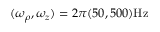
\ensuremath { ( \omega _ { \rho } , \omega _ { z } ) = 2 \pi ( 5 0 , 5 0 0 ) \mathrm { H z } }